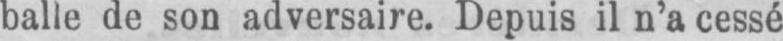
balle de son adversaire. Depuis il n’a cessé